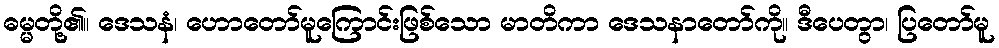
ဓမ္မတို့၏။ ဒေသနံ၊ ဟောတော်မူကြောင်းဖြစ်သော မာတိကာ ဒေသနာတော်ကို။ ဒီပေတွာ၊ ပြတော်မူ